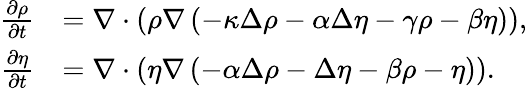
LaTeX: \begin{array}{rl}{\frac{\partial\rho}{\partial t}}&{=\nabla\cdot\left(\rho\nabla\left(-\kappa\Delta\rho-\alpha\Delta\eta-\gamma\rho-\beta\eta\right)\right),}\\ {\frac{\partial\eta}{\partial t}}&{=\nabla\cdot\left(\eta\nabla\left(-\alpha\Delta\rho-\Delta\eta-\beta\rho-\eta\right)\right).}\end{array}